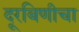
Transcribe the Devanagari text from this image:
दूरबिणीचा